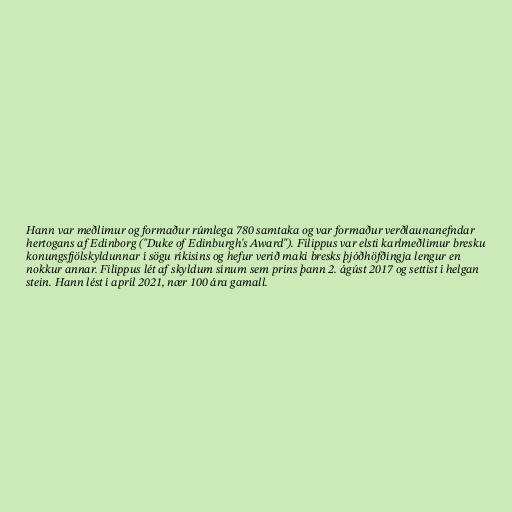
Hann var meðlimur og formaður rúmlega 780 samtaka og var formaður verðlaunanefndar
hertogans af Edinborg ("Duke of Edinburgh's Award"). Filippus var elsti karlmeðlimur bresku
konungsfjölskyldunnar í sögu ríkisins og hefur verið maki bresks þjóðhöfðingja lengur en
nokkur annar. Filippus lét af skyldum sínum sem prins þann 2. ágúst 2017 og settist í helgan
stein. Hann lést í apríl 2021, nær 100 ára gamall.